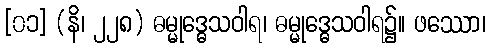
[၀၁] (နိ၊ ၂၂၈) ဓမ္မုဒ္ဓေသဝါရ၊ ဓမ္မုဒ္ဓေသဝါရ၌။ ဖဿော၊